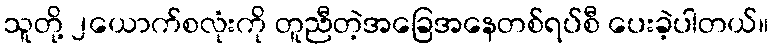
သူတို့ ၂ယောက်စလုံးကို တူညီတဲ့အခြေအနေတစ်ရပ်စီ ပေးခဲ့ပါတယ်။